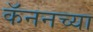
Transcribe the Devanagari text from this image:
कॅननच्या